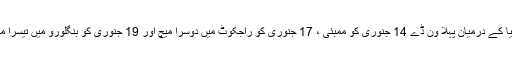
ہندستان اور آسٹریلیا کے درمیان پہلا ون ڈے 14 جنوری کو ممبئی ، 17 جنوری کو راجکوٹ میں دوسرا میچ اور 19 جنوری کو بنگلورو میں تیسرا میچ کھیلا جائے گا۔